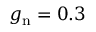
g _ { \mathrm { n } } = 0 . 3